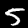
Digit: 5